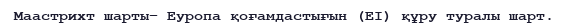
Маастрихт шарты– Еуропа қоғамдастығын (ЕІ) құру туралы шарт.